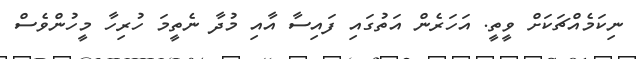
ނިކަމެއްޗަކަށް ވީތީ. އަހަރެން އަތުގައި ފައިސާ އާއި މުދާ ނެތީމަ ހުރިހާ މީހުންވެސް